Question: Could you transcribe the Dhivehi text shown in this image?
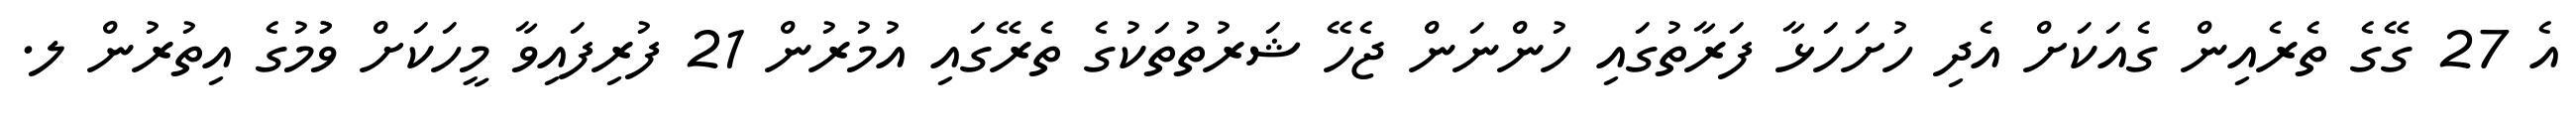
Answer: އެ 27 ގޭގެ ތެރެއިން ގެއަކަށް އެދި ހުށަހަޅާ ފަރާތުގައި ހުންނަން ޖެހޭ ޝަރުތުތަކުގެ ތެރޭގައި އުމުރުން 21 ފުރިފައިވާ މީހަކަށް ވުުމުގެ އިތުރުން ލ.